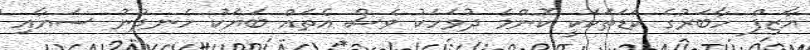
އާޒިފް ހާބަރުގެ ކަޑަތަކަކީ ކޮންމެ ދުވަހަކު ވެސް އެތައް ބަޔަކު ހެނދުނު ސަޔާއި